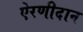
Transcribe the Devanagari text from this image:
ऐरणीदान